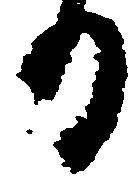
日